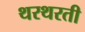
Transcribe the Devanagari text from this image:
थरथरती